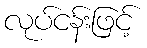
လုပ်ငန်းဖြင့်